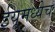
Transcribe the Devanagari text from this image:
ईयूमध्येच